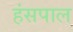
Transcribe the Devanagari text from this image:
हंसपाल